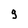
Character: 9